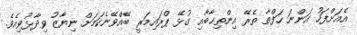
އެއަށްފަހު އަންނަ ހަފްތާ ތެރޭ އިންތިޚާބާއި ގުޅޭ ޕްރައިމަރީ ބޭއްވޭނެކަމަށް ނިޔާޒު ވިދާޅުވިއެވެ.